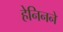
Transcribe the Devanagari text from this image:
हेनिनने